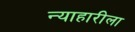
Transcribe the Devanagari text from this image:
न्याहारीला